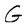
Character: G